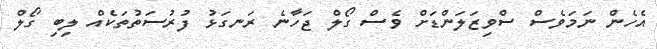
އެހެން ނަމަވެސް ސްވިޒަލަންޑަށް ވެސް ގޯލް ޖަހާނެ ރަނގަޅު ފުރުސަތުތަކެއް ލިބި ގޯލް